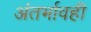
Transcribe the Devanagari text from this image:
अंतर्भावही